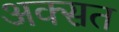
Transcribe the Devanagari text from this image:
अक्सत